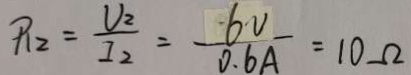
R _ { 2 } = \frac { U _ { 2 } } { I _ { 2 } } = \frac { 6 v } { 0 . 6 A } = 1 0 \Omega